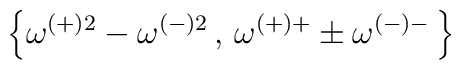
\left\{ \omega ^{(+)2}-\omega ^{(-)2}\, ,\, \omega ^{(+)+}\pm \omega ^{(-)-}\, \right\}